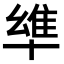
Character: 𠦼